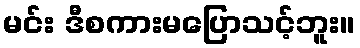
မင်း ဒီစကားမပြောသင့်ဘူး။